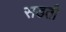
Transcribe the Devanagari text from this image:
सडती